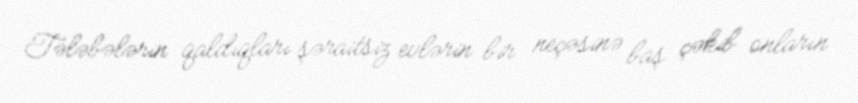
Tələbələrin qaldıqları şəraitsiz evlərin bir neçəsinə baş çəkib onların